Subject: q-bio
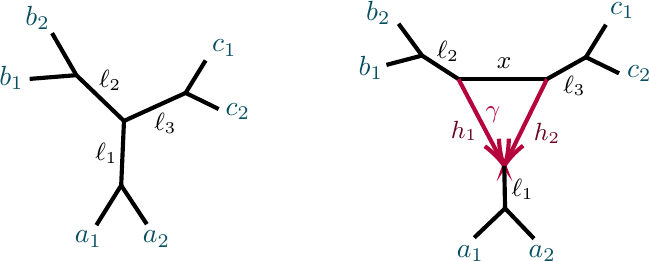
LaTeX code:
\begin{tikzpicture}[x=0.75pt,y=0.75pt,yscale=-0.9,xscale=0.9]

\draw [line width=1.5]    (43.5,61.67) -- (68.5,59.67) ;
\draw [line width=1.5]    (68.5,59.67) -- (94,84.17) ;
\draw [line width=1.5]    (79.22,139.95) -- (92.5,118.67) ;
\draw [line width=1.5]    (94,84.17) -- (127,69.17) ;
\draw [line width=1.5]    (106.22,139.45) -- (92.5,118.67) ;
\draw [line width=1.5]    (94,84.17) -- (92.5,118.67) ;
\draw [line width=1.5]    (253.57,49.17) -- (273.06,61.77) ;
\draw [line width=1.5]    (273.06,61.77) -- (320.44,61.77) ;
\draw [color={rgb, 255:red, 182; green, 5; blue, 60 }  ,draw opacity=1 ][line width=1.5]    (273.06,61.77) -- (296.18,105.61) ;
\draw [shift={(297.58,108.26)}, rotate = 242.19] [color={rgb, 255:red, 182; green, 5; blue, 60 }  ,draw opacity=1 ][line width=1.5]    (14.21,-4.28) .. controls (9.04,-1.82) and (4.3,-0.39) .. (0,0) .. controls (4.3,0.39) and (9.04,1.82) .. (14.21,4.28)   ;
\draw [color={rgb, 255:red, 182; green, 5; blue, 60 }  ,draw opacity=1 ][line width=1.5]    (320.44,61.77) -- (298.91,105.57) ;
\draw [shift={(297.58,108.26)}, rotate = 296.18] [color={rgb, 255:red, 182; green, 5; blue, 60 }  ,draw opacity=1 ][line width=1.5]    (14.21,-4.28) .. controls (9.04,-1.82) and (4.3,-0.39) .. (0,0) .. controls (4.3,0.39) and (9.04,1.82) .. (14.21,4.28)   ;
\draw [line width=1.5]    (320.44,61.77) -- (341.3,50.04) ;
\draw [line width=1.5]    (297.58,108.26) -- (298,130.96) ;
\draw [line width=1.5]    (55.5,37.17) -- (68.5,59.67) ;
\draw [line width=1.5]    (341.3,50.04) -- (352,32.67) ;
\draw [line width=1.5]    (341.3,50.04) -- (359,58.67) ;
\draw [line width=1.5]    (253.57,49.17) -- (241,32.17) ;
\draw [line width=1.5]    (234.5,54.17) -- (253.57,49.17) ;
\draw [line width=1.5]    (298,130.96) -- (281.5,146.67) ;
\draw [line width=1.5]    (298,130.96) -- (313.5,147.17) ;
\draw [line width=1.5]    (127,69.17) -- (137.7,51.8) ;
\draw [line width=1.5]    (127,69.17) -- (144.7,77.8) ;

\draw (25.83,53.43) node [anchor=north west][inner sep=0.75pt]  [font=\normalsize,color={rgb, 255:red, 6; green, 79; blue, 97 }  ,opacity=1 ]  {$b_{1}$};
\draw (66.24,141.69) node [anchor=north west][inner sep=0.75pt]  [font=\normalsize,color={rgb, 255:red, 6; green, 79; blue, 97 }  ,opacity=1 ]  {$a_{1}$};
\draw (102.74,141.69) node [anchor=north west][inner sep=0.75pt]  [font=\normalsize,color={rgb, 255:red, 6; green, 79; blue, 97 }  ,opacity=1 ]  {$a_{2}$};
\draw (77.3,94.8) node [anchor=north west][inner sep=0.75pt]  [font=\small]  {$\ell _{1}$};
\draw (352.83,19.22) node [anchor=north west][inner sep=0.75pt]  [font=\normalsize,color={rgb, 255:red, 6; green, 79; blue, 97 }  ,opacity=1 ]  {$c_{1}$};
\draw (218.24,47.98) node [anchor=north west][inner sep=0.75pt]  [font=\normalsize,color={rgb, 255:red, 6; green, 79; blue, 97 }  ,opacity=1 ]  {$b_{1}$};
\draw (362,53.07) node [anchor=north west][inner sep=0.75pt]  [font=\normalsize,color={rgb, 255:red, 6; green, 79; blue, 97 }  ,opacity=1 ]  {$c_{2}$};
\draw (286.2,74.99) node [anchor=north west][inner sep=0.75pt]  [font=\small,color={rgb, 255:red, 182; green, 5; blue, 60 }  ,opacity=1 ]  {$\gamma $};
\draw (260.1,40.29) node [anchor=north west][inner sep=0.75pt]  [font=\small]  {$\ell _{2}$};
\draw (327.8,58.59) node [anchor=north west][inner sep=0.75pt]  [font=\small]  {$\ell _{3}$};
\draw (292.2,48.99) node [anchor=north west][inner sep=0.75pt]  [font=\small]  {$x$};
\draw (39.83,21.43) node [anchor=north west][inner sep=0.75pt]  [font=\normalsize,color={rgb, 255:red, 6; green, 79; blue, 97 }  ,opacity=1 ]  {$b_{2}$};
\draw (79.3,55.8) node [anchor=north west][inner sep=0.75pt]  [font=\small]  {$\ell _{2}$};
\draw (222.24,18.48) node [anchor=north west][inner sep=0.75pt]  [font=\normalsize,color={rgb, 255:red, 6; green, 79; blue, 97 }  ,opacity=1 ]  {$b_{2}$};
\draw (270.74,149.48) node [anchor=north west][inner sep=0.75pt]  [font=\normalsize,color={rgb, 255:red, 6; green, 79; blue, 97 }  ,opacity=1 ]  {$a_{1}$};
\draw (309.24,149.48) node [anchor=north west][inner sep=0.75pt]  [font=\normalsize,color={rgb, 255:red, 6; green, 79; blue, 97 }  ,opacity=1 ]  {$a_{2}$};
\draw (139.83,39.4) node [anchor=north west][inner sep=0.75pt]  [font=\normalsize,color={rgb, 255:red, 6; green, 79; blue, 97 }  ,opacity=1 ]  {$c_{1}$};
\draw (147,73.26) node [anchor=north west][inner sep=0.75pt]  [font=\normalsize,color={rgb, 255:red, 6; green, 79; blue, 97 }  ,opacity=1 ]  {$c_{2}$};
\draw (108.8,78.8) node [anchor=north west][inner sep=0.75pt]  [font=\small]  {$\ell _{3}$};
\draw (300.08,114.16) node [anchor=north west][inner sep=0.75pt]  [font=\small]  {$\ell _{1}$};
\draw (267.58,82.66) node [anchor=north west][inner sep=0.75pt]  [font=\small,color={rgb, 255:red, 108; green, 4; blue, 35 }  ,opacity=1 ]  {$h_{1}$};
\draw (312.08,84.16) node [anchor=north west][inner sep=0.75pt]  [font=\small,color={rgb, 255:red, 108; green, 4; blue, 35 }  ,opacity=1 ]  {$h_{2}$};

\end{tikzpicture}